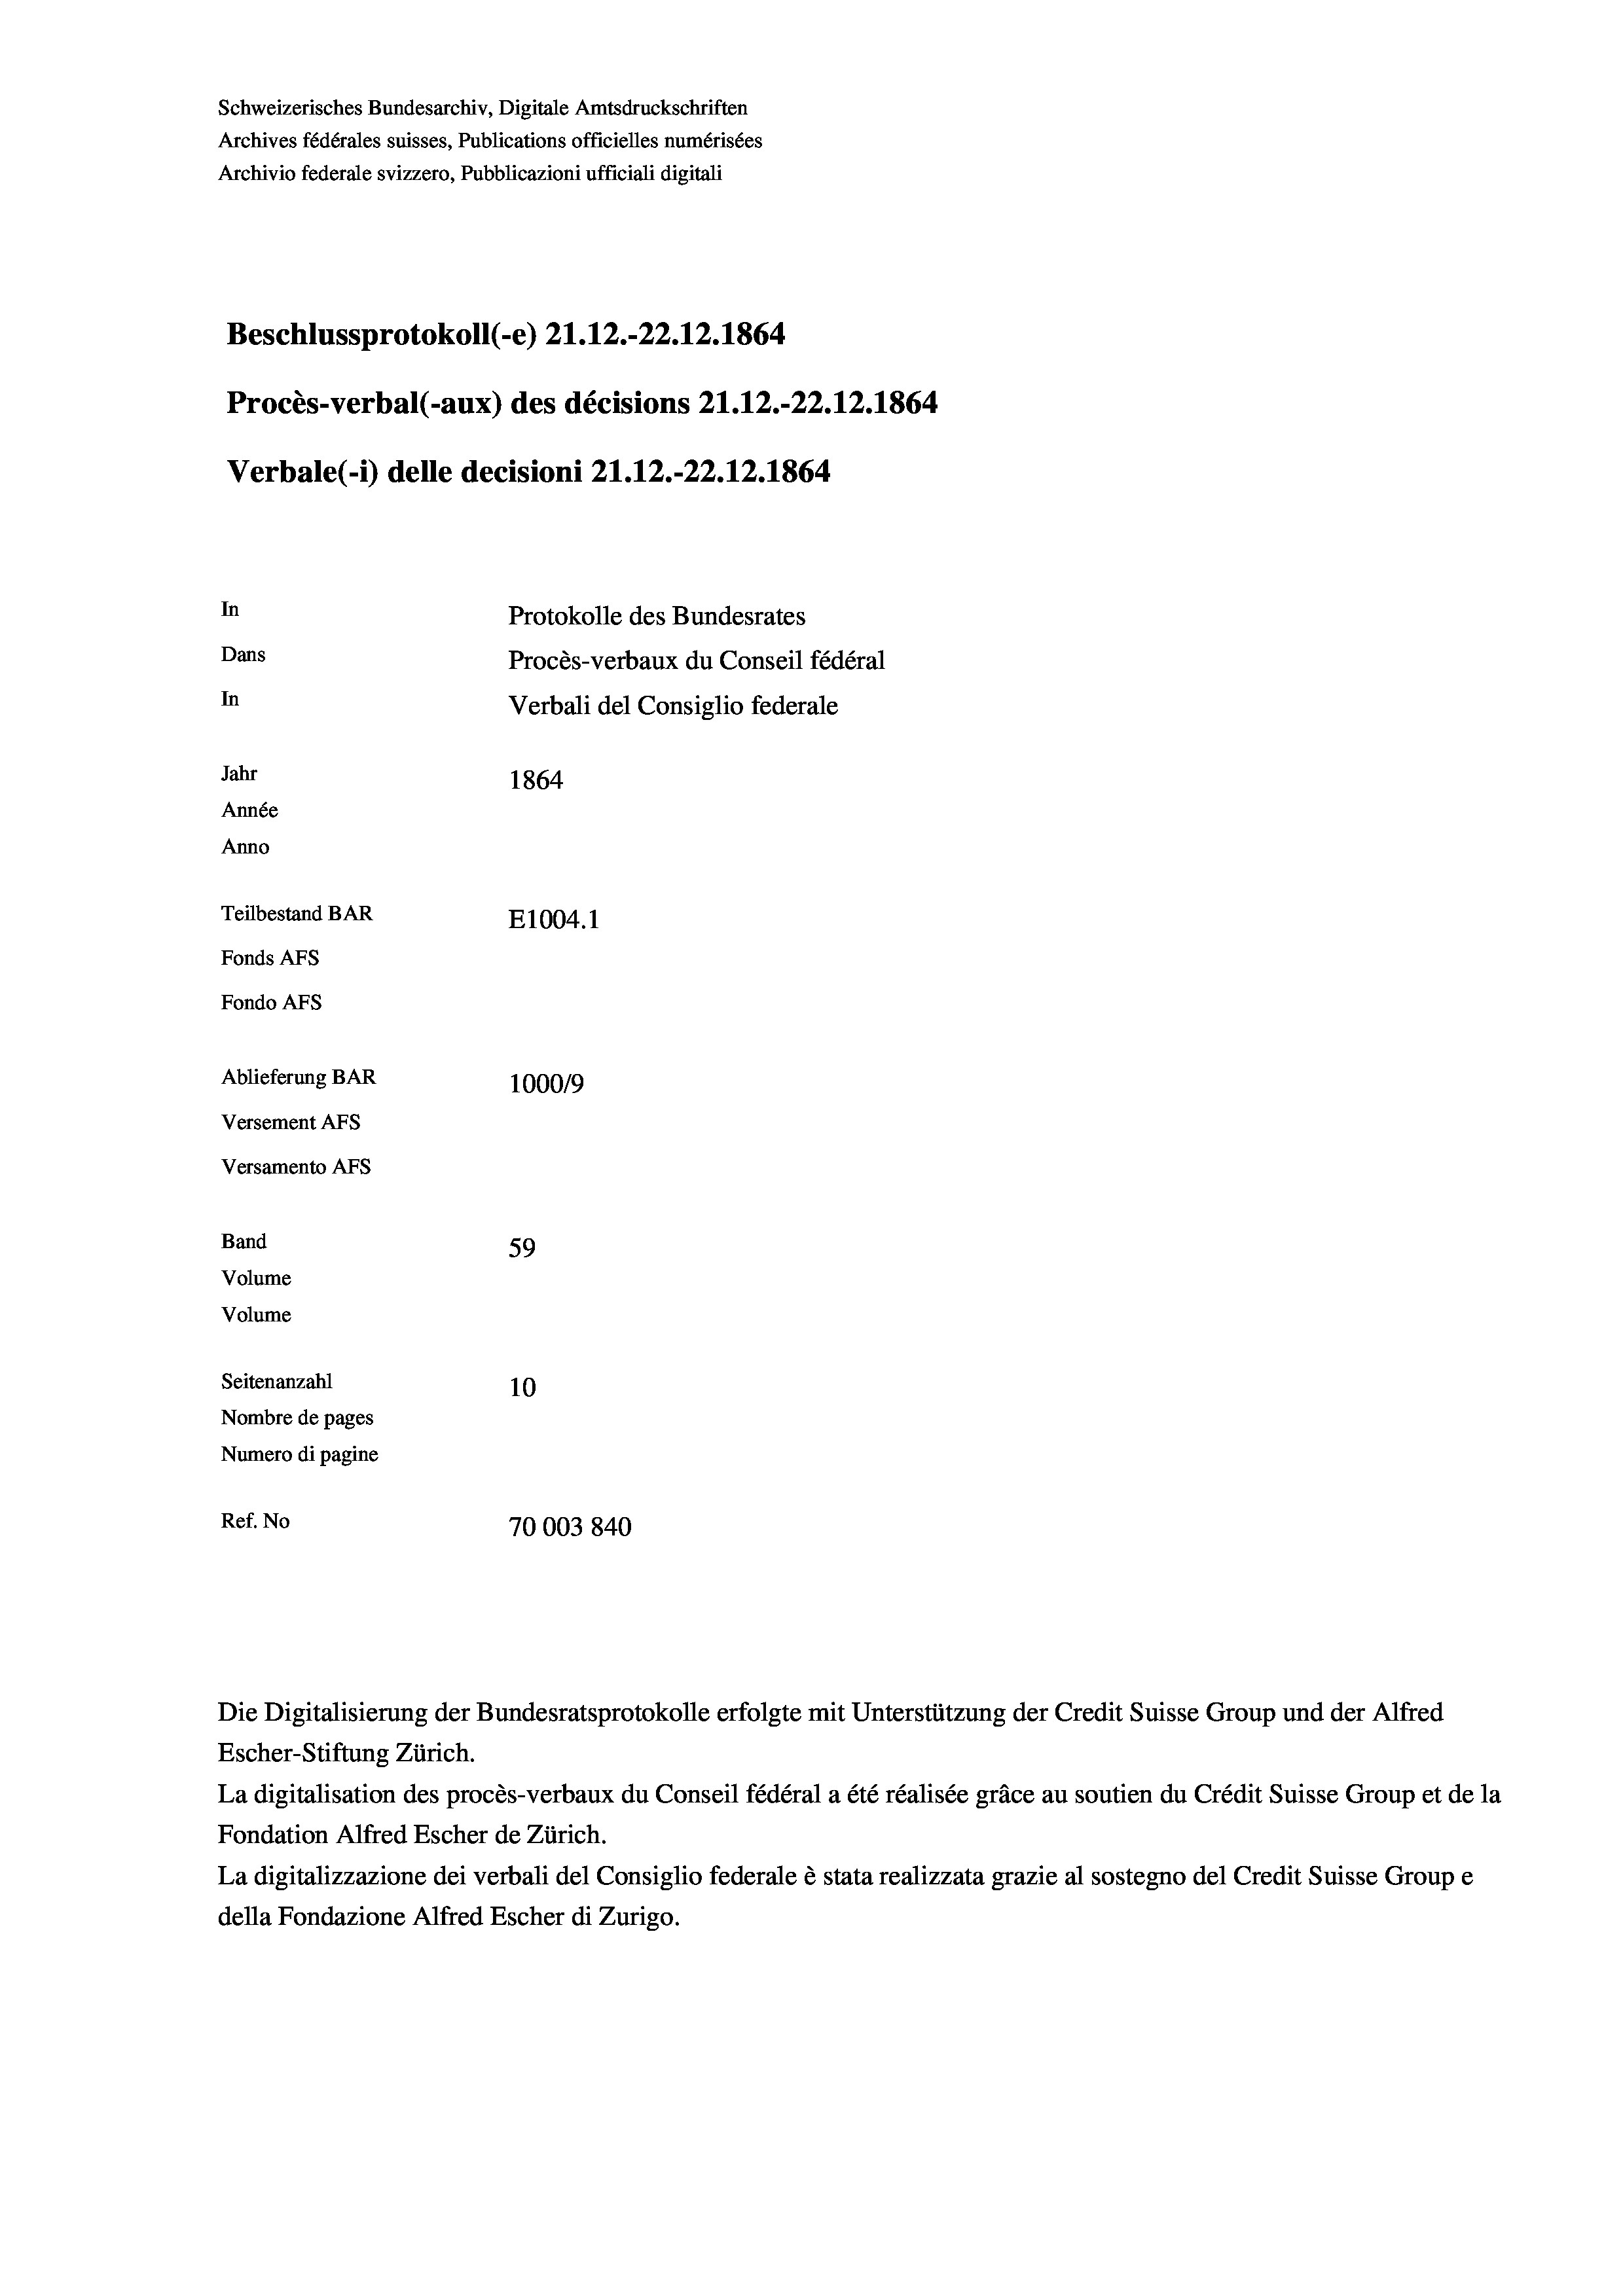
Schweizerisches Bundesarchiv, Digitale Amtsdruckschriften
Archives fédérales suisses, Publications officielles numérisées
Archivio federale svizzero, Pubblicazioni ufficiali digitali
Beschlussprotokoll (-e) 21.12.-22.12.1864
Procès-verbal (-aux) des décisions Z1.12.-22.12.1864
Verbale (i) delle decisioni 21.12.-22.12.1864
In
Protokolle des Bundesrates
Dans
Procès-verbaux du Conseil fédéral
In
Verbali del Consiglio federale
Jahr
1864
Année
Anno
Teilbestand BAR
E1004. 1
Fonds AFs
Fondo Afs
Ablieferung BAR
100019
Versement AFs
Versamento Afs

Band
Volume
Volume

Escher-Stiftung Zürich.
La digitalisation des procès-verbaux du Conseil fédéral a été réalisée gräce au soutien du Crédit Suisse Group et de la
Fondation Alfred Escher de Zürich.
La digitalizzazione dei verbali del Consiglio federale è stata realizzata grazie al sostegno del Credit Suisse Groupe
della Fondazione Alfred Escher di Zurigo.

59
Seitenanzahl
10
Nombre de pages
Numero di pagine
Ref. No
70003 840

Die Digitalisierung der Bundesratsprotokolle erfolgte mit Unterstützung der Credit Suisse Group und der Alfred